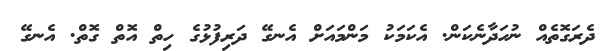
ދެރަގޮތެއް ނުހަދާނެކަން. އެކަމަކު މަންމައަށް އެނގޭ ދަރިފުޅުގެ ހިތް އޮތް ގޮތް. އެނގޭ